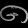
Digit: ၈